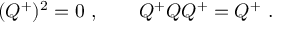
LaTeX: ( Q ^ { + } ) ^ { 2 } = 0 \ , \qquad Q ^ { + } Q Q ^ { + } = Q ^ { + } \ .